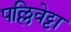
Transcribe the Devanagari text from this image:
पल्लिवेट्टा